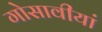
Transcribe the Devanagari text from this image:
गोसावीयां